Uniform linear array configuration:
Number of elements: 4
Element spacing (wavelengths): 0.75
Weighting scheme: hann
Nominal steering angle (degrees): -60
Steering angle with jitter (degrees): -61.879
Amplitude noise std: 0.05
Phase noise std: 0.05

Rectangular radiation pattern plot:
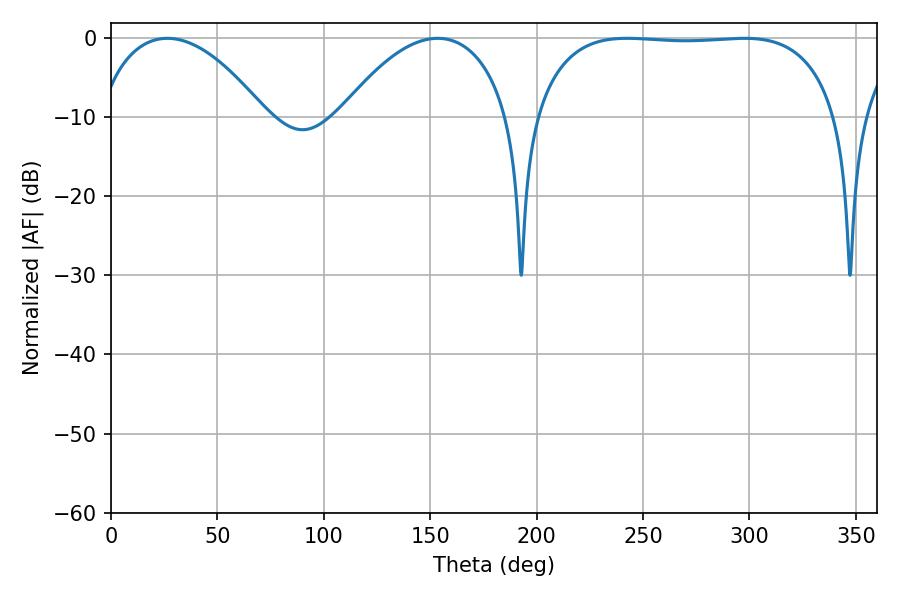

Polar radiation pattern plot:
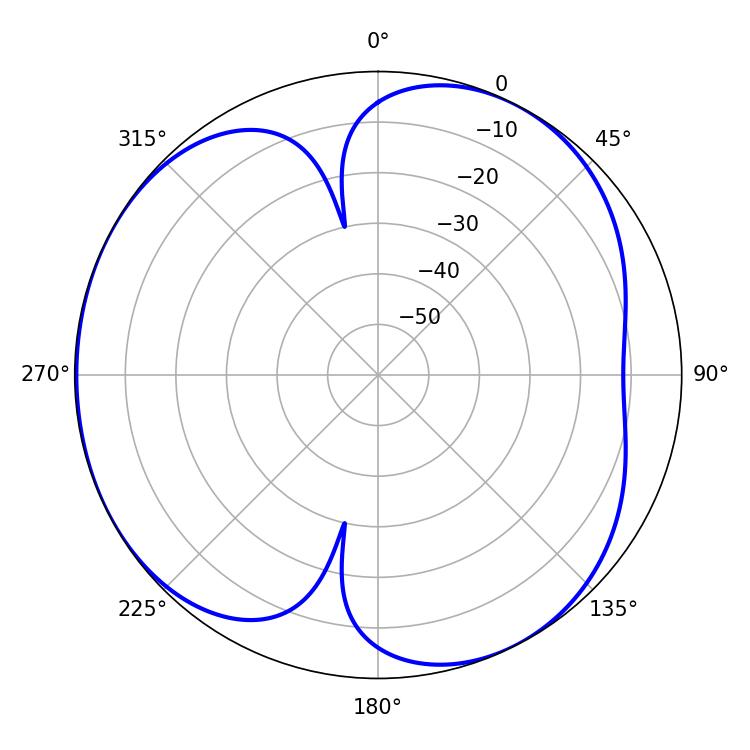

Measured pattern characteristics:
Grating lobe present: TRUE
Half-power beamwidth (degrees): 44.64
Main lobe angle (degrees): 26.46